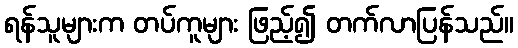
ရန်သူများက တပ်ကူများ ဖြည့်၍ တက်လာပြန်သည်။